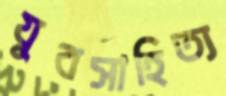
যুবসাহিত্য